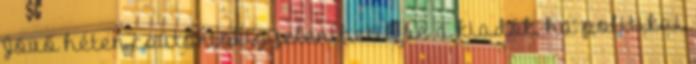
Jövő héten csütörtökig jelenthetik be a kiadók, ha politikai